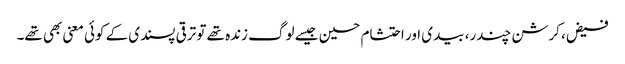
فیض، کرشن چندر، بیدی اور احتشام حسین جیسے لوگ زندہ تھے تو ترقی پسندی کے کوئی معنی بھی تھے۔